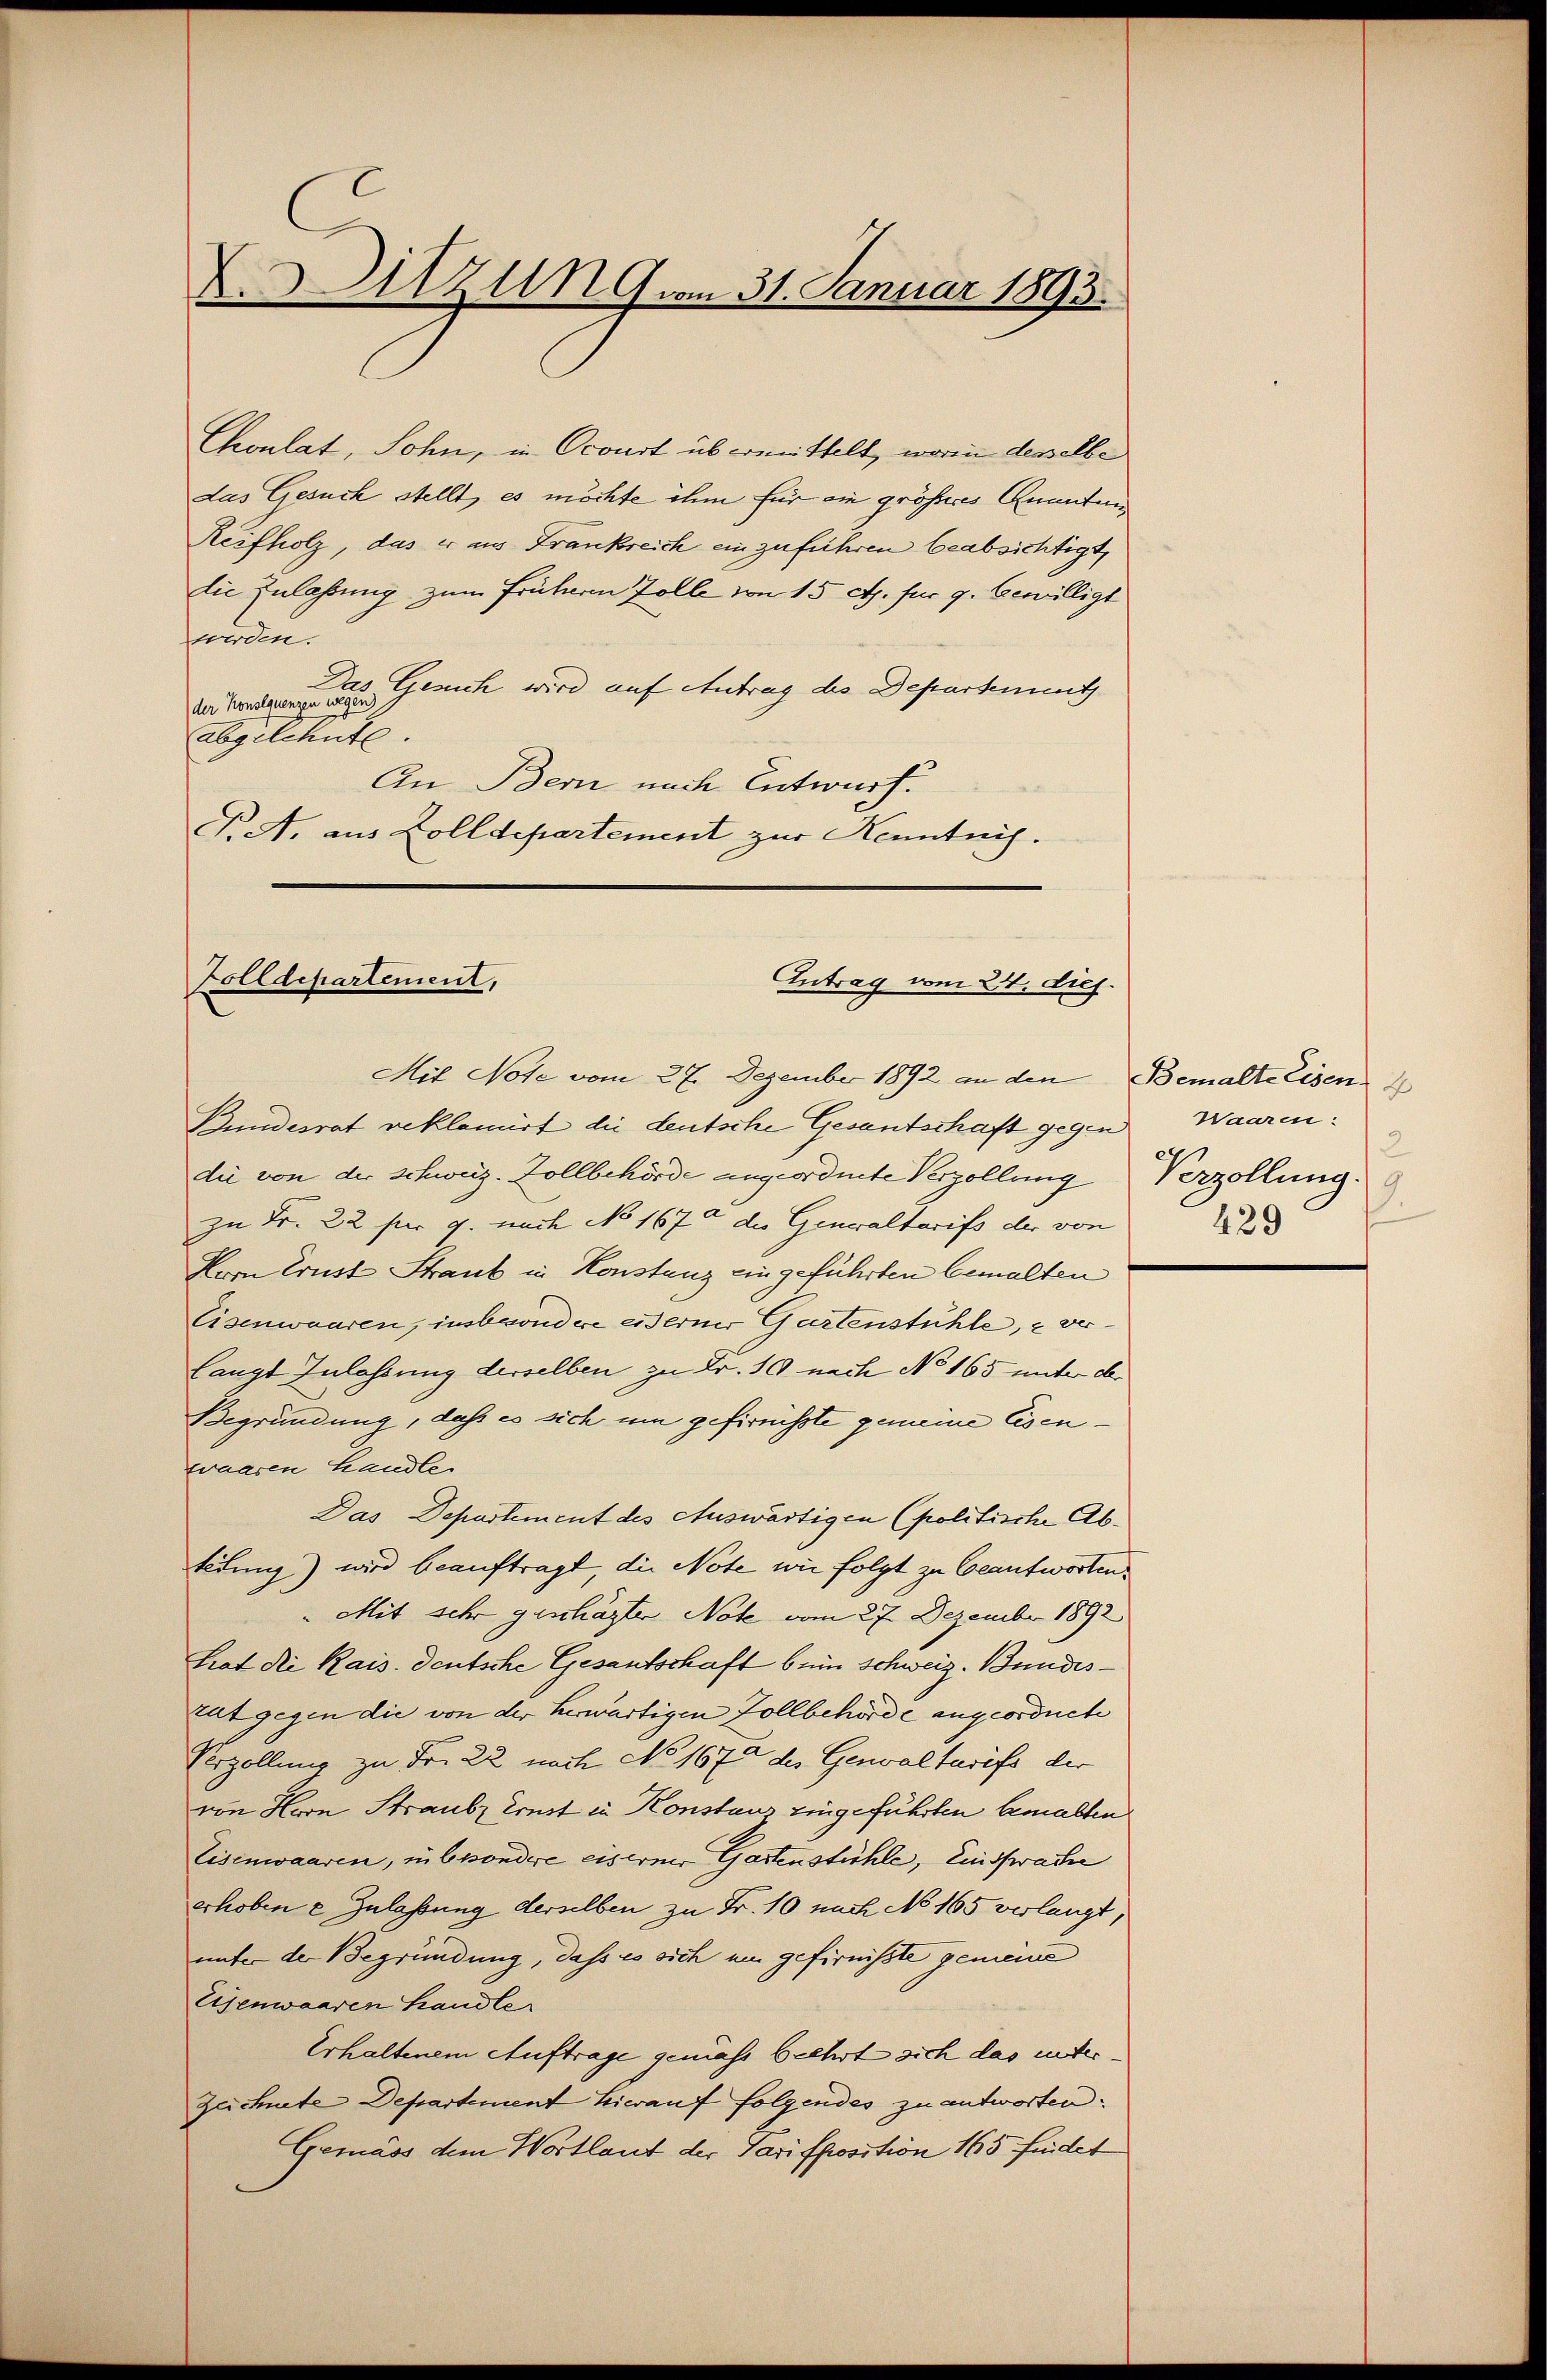
X. Sitzung vom 31. Januar 1893.

Choulat, Sohn, in Ocourt übermittelt, worin desselbe
das Gesuch stellt, es möchte ihm für ein größeres Quantun
werden.
A
abgelehnte
An Bern nach Entwurf.
F. A. aus Zolldepartement zur Kenntnis.

Reifholz, das er aus Frankreich einzuführen beabsichtigt,
die Zulassung zum Früheren Zolle von 15 Rt. für 9. bewilligt
der Kommunge mit Gesich wird auf Antrag des Departement

Zolldepartement,
Antrag vom 24. dies.

Mit Note vom 27. Dezember 1892 an den Bemalte Eisen
Bundesrat reklamirt die deutsche Gesantschaft gegen Waaren:
die von der Schweiz. Zollbehörde angeordnete Verzöllung
zu Fr. 22 pr g. nach No 167 die Generaltarifs der von
Hoon Ernst Staub in Konstanz eingeführten bemalten
Eisenwaaren, inbandere esserner Gartenstühle, u verlangt Zulassung derselben zu Fr. 10 nach No 165 unter der
Begründung, daß es sich um gefirnisste gemeine Eisenwaaren handle.
Das Departement des Auswärtigen (politische Abtetung) wird beauftragt, die Note wie folgt zu beantworten
Mit sehr geschäfter Note vom 27. Dezember 1892
Srat die Kais. Deutsche Gesantschaft bei Schweiz. Bundestat gegen die von der herwärtigen Zollbehörde angeordnete
Przollung zu Fr. 22 nach No 1675 des Genvaltarifs der
von Horn Straube Ernst in Konstaus eingeführten bemalten
Eisenwaaren, in besondere eiserner Gastenstühle, Einsprache
erhobene Zulassung derselben zu Fr. 10 nach No 165 verlangt,
unter der Begründung, dass es sich um gefirnisste gemeine
Eisenwaaren Handle
Erhaltenem Auftrage gemäss beehrt sich das unter¬
Zeichnete Departement hierauf folgendes zu antworten.
Gemäss dem Wortlaut der Parisposition 165 findet

2
Verzöllung
429